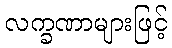
လက္ခဏာများဖြင့်